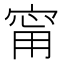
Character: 甯